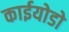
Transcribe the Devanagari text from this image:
काईयोडो